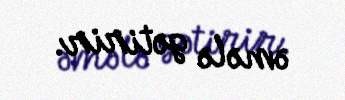
əmələ gətirir.